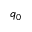
q _ { 0 }